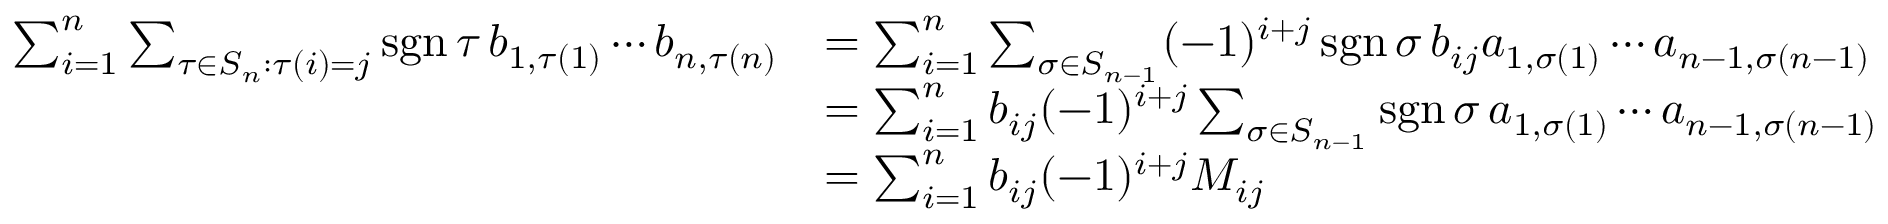
{ \begin{array} { r l } { \sum _ { i = 1 } ^ { n } \sum _ { \tau \in S _ { n } : \tau ( i ) = j } \operatorname { s g n } \tau \, b _ { 1 , \tau ( 1 ) } \cdots b _ { n , \tau ( n ) } } & { = \sum _ { i = 1 } ^ { n } \sum _ { \sigma \in S _ { n - 1 } } ( - 1 ) ^ { i + j } \operatorname { s g n } \sigma \, b _ { i j } a _ { 1 , \sigma ( 1 ) } \cdots a _ { n - 1 , \sigma ( n - 1 ) } } \\ & { = \sum _ { i = 1 } ^ { n } b _ { i j } ( - 1 ) ^ { i + j } \sum _ { \sigma \in S _ { n - 1 } } \operatorname { s g n } \sigma \, a _ { 1 , \sigma ( 1 ) } \cdots a _ { n - 1 , \sigma ( n - 1 ) } } \\ & { = \sum _ { i = 1 } ^ { n } b _ { i j } ( - 1 ) ^ { i + j } M _ { i j } } \end{array} }